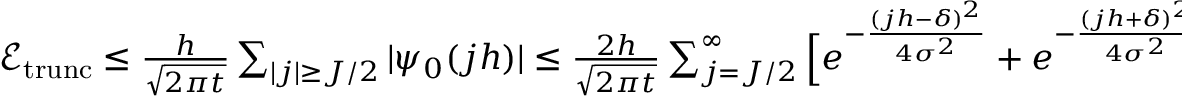
\begin{array} { r } { \mathcal { E } _ { \mathrm { t r u n c } } \leq \frac { h } { \sqrt { 2 \pi t } } \sum _ { | j | \geq J / 2 } | \psi _ { 0 } ( j h ) | \leq \frac { 2 h } { \sqrt { 2 \pi t } } \sum _ { j = J / 2 } ^ { \infty } \Big [ e ^ { - \frac { ( j h - \delta ) ^ { 2 } } { 4 \sigma ^ { 2 } } } + e ^ { - \frac { ( j h + \delta ) ^ { 2 } } { 4 \sigma ^ { 2 } } } \Big ] } \end{array}